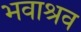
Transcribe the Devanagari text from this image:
भवाश्रव